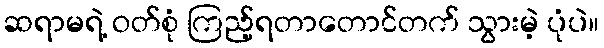
ဆရာမရဲ့ ဝတ်စုံ ကြည့်ရတာတောင်တက် သွားမဲ့ ပုံပဲ။